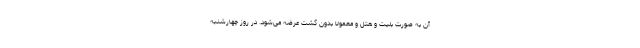
آن به صورت بلیت و هتل و معمولا بدون گشت عرضه می‌شود. در روز چهارشنبه